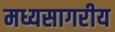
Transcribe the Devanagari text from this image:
मध्यसागरीय